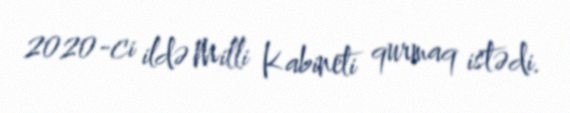
2020-ci ildə Milli Kabineti qurmaq istədi.